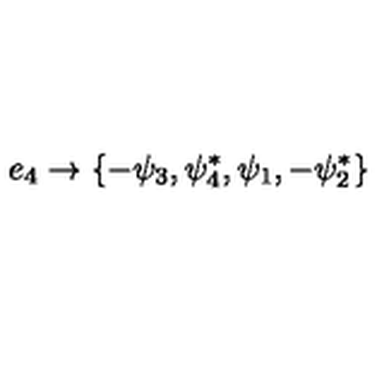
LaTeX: { e _ { 4 } } \rightarrow \{ - \psi _ { 3 } , \psi _ { 4 } ^ { * } , \psi _ { 1 } , - \psi _ { 2 } ^ { * } \}